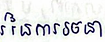
នៃការរចនា